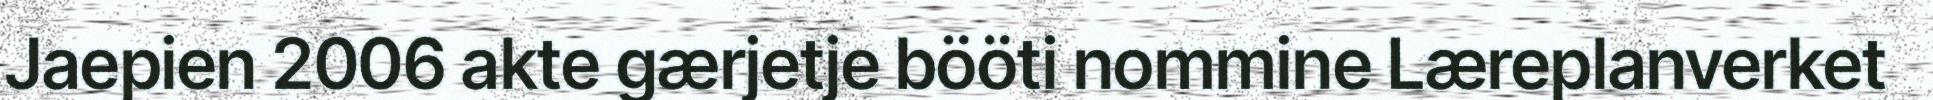
Jaepien 2006 akte gærjetje bööti nommine Læreplanverket